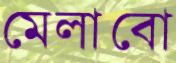
মেলাবো